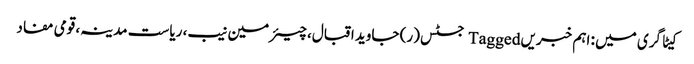
کیٹاگری میں : اہم خبریں Tagged جسٹس (ر) جاوید اقبال، چیئرمین نیب، ریاست مدینہ، قومی مفاد